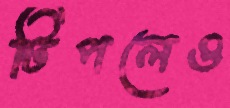
টিপলেও